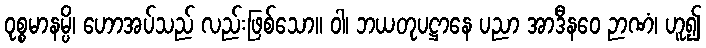
ဝုစ္စမာနမ္ပိ၊ ဟောအပ်သည် လည်းဖြစ်သော။ ဝါ၊ ဘယတုပဋ္ဌာနေ ပညာ အာဒီနဝေ ဉာဏံ၊ ဟူ၍